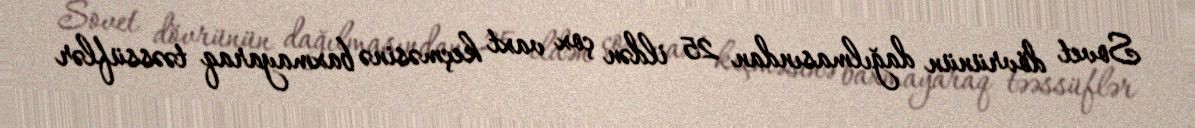
Sovet dövrünün dağılmasından 25 ildən çox vaxt keçməsinə baxmayaraq təəssüflər